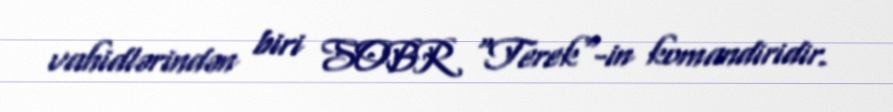
vahidlərindən biri SOBR "Terek"-in komandiridir.